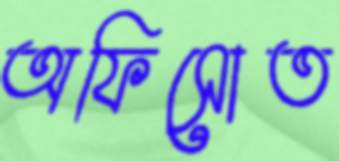
অফিসোত